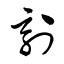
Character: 刻